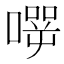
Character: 𰈬